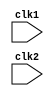
module pipe_RISC32 (clk1, clk2);

input clk1, clk2; // Two-phase clock

reg [31:0] PC, IF_ID_IR, IF_ID_NPC;
reg [31:0] ID_EX_IR, ID_EX_NPC, ID_EX_A, ID_EX_B, ID_EX_Imm;
reg [6:0] ID_EX_type, EX_MEM_type, MEM_WB_type;
reg [31:0] EX_MEM_IR, EX_MEM_ALUOut, EX_MEM_B;
reg EX_MEM_cond;
reg [31:0] MEM_WB_IR, MEM_WB_ALUOut, MEM_WB_LMD;
reg [31:0] Reg [0:31]; // Register bank (32 x 32)
reg [31:0] Mem [0:1023]; // 1024 x 32 memory
parameter 

ADD=3'b000, SUB=3'b001, AND=3'b111, OR=3'b110, SLT=3'b010, //rr type

ADDI=3'b000, SLTI=3'b010, //register immediate type

LW=3'b010, // load
SW=3'b010, // store

BEQZ=3'b000, //Branch

HLT=3'b111;


parameter 	RR_ALU=7'b0110011, 
		RM_ALU=7'b0010011, 
		LOAD=7'b0000011,	
		STORE=7'b0100011,
		BRANCH=7'b1100011,
		HALT=7'b1111111;

reg HALTED;
// Set after HLT instruction is completed (in WB stage)
reg TAKEN_BRANCH;
// Required to disable instructions after branch

always @(posedge clk1) begin // IF Stage
if (HALTED == 0)
begin
if ((EX_MEM_IR[6:0] == BRANCH) && (EX_MEM_cond == 1))
begin
IF_ID_IR <= #2 Mem[EX_MEM_ALUOut];
TAKEN_BRANCH <= #2 1'b1;
IF_ID_NPC <= #2 EX_MEM_ALUOut + 1;
PC <= #2 EX_MEM_ALUOut + 1;
end
else
begin
IF_ID_IR <= #2 Mem[PC];
IF_ID_NPC <= #2 PC + 1;
PC <= #2 PC + 1;
end
end
end

always @(posedge clk2) begin // ID Stage
    if (HALTED == 0) begin    
        //decoding rs1 and rs2
//        if (IF_ID_IR[19:15] == 5'b00000) 
//            ID_EX_A <= 0;
//        else 
        ID_EX_A <= #2 Reg[IF_ID_IR[19:15]]; // "rs1"
        
//        if (IF_ID_IR[24:20] == 5'b00000) 
//            ID_EX_B <= 0;
//        else 
        ID_EX_B <= #2 Reg[IF_ID_IR[24:20]]; // "rt OR rs2"
        
        ID_EX_NPC <= #2 IF_ID_NPC;
        ID_EX_IR <= #2 IF_ID_IR;
        
        //ID_EX_Imm <= #2 {{20{IF_ID_IR[31]}}, {IF_ID_IR[31:20]}}; //sign extension of 12 bit offset for addi slti lw
        
        if(IF_ID_IR[6:0] == STORE) //if STORE
            ID_EX_Imm <= #2 {{20{IF_ID_IR[31]}}, {IF_ID_IR[31:25]}, {IF_ID_IR[11:7]}};        
        else
            ID_EX_Imm <= #2 {{20{IF_ID_IR[31]}}, {IF_ID_IR[31:20]}};
        
        ID_EX_type=IF_ID_IR[6:0];
//        case (IF_ID_IR[6:0])  // decoding instruction types
//        ADD,SUB,AND,OR,SLT: ID_EX_type <= #2 RR_ALU;
//        ADDI,SLTI: ID_EX_type <= #2 RM_ALU;
//        LW: ID_EX_type <= #2 LOAD;
//        SW: ID_EX_type <= #2 STORE;
//        BEQZ: ID_EX_type <= #2 BRANCH;
//        HLT: ID_EX_type <= #2 HALT;
//        default: ID_EX_type <= #2 HALT;
//        // Invalid opcode
//        endcase
        
    end
end

always @(posedge clk1) // EX Stage
if (HALTED == 0)
begin
EX_MEM_type <= #2 ID_EX_type;
EX_MEM_IR <= #2 ID_EX_IR;
TAKEN_BRANCH <= #2 0;

case (ID_EX_type)
    RR_ALU: begin
        case (ID_EX_IR[14:12]) // "funct3"
        ADD: EX_MEM_ALUOut <= #2 ID_EX_A + ID_EX_B;
        SUB: EX_MEM_ALUOut <= #2 ID_EX_A - ID_EX_B;
        AND: EX_MEM_ALUOut <= #2 ID_EX_A & ID_EX_B;
        OR: EX_MEM_ALUOut <= #2 ID_EX_A | ID_EX_B;
        SLT: EX_MEM_ALUOut <= #2 ID_EX_A < ID_EX_B;
        default: EX_MEM_ALUOut <= #2 32'hxxxxxxxx;
        endcase
        end
    
    RM_ALU: begin
    case (ID_EX_IR[14:12]) // "opcode"
    ADDI: EX_MEM_ALUOut <= #2 ID_EX_A + ID_EX_Imm;
    SLTI: EX_MEM_ALUOut <= #2 ID_EX_A < ID_EX_Imm;
    default: EX_MEM_ALUOut <= #2 32'hxxxxxxxx;
    endcase
    end

    LOAD, STORE:
    begin
    EX_MEM_ALUOut <= #2 ID_EX_A + ID_EX_Imm;
    EX_MEM_B <= #2 ID_EX_B;
    end

    BRANCH: begin
    EX_MEM_ALUOut <= #2 ID_EX_NPC + ID_EX_Imm;
    EX_MEM_cond <= #2 (ID_EX_A == 0);
    end
endcase
end


always @(posedge clk2) // MEM Stage
    if (HALTED == 0)
    begin
    MEM_WB_type <= EX_MEM_type;
    MEM_WB_IR <= #2 EX_MEM_IR;
    case (EX_MEM_type)
    RR_ALU, RM_ALU: MEM_WB_ALUOut <= #2 EX_MEM_ALUOut;
    LOAD: MEM_WB_LMD <= #2 Mem[EX_MEM_ALUOut];
    STORE: if (TAKEN_BRANCH == 0) // Disable write
    Mem[EX_MEM_ALUOut] <= #2 EX_MEM_B;
    endcase
end

always @(posedge clk1) // WB Stage
begin
if (TAKEN_BRANCH == 0) // Disable write if branch taken
case (MEM_WB_type)
RR_ALU: Reg[MEM_WB_IR[11:7]] <= #2 MEM_WB_ALUOut; // "rd"
RM_ALU: Reg[MEM_WB_IR[11:7]] <= #2 MEM_WB_ALUOut; // "rd"
LOAD: Reg[MEM_WB_IR[11:7]] <= #2 MEM_WB_LMD; // "rd"
HALT: HALTED <= #2 1'b1;
endcase
end
endmodule